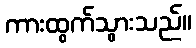
ကားထွက်သွားသည်။